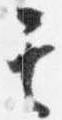
其